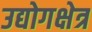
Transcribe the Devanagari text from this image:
उद्योगक्षेत्र